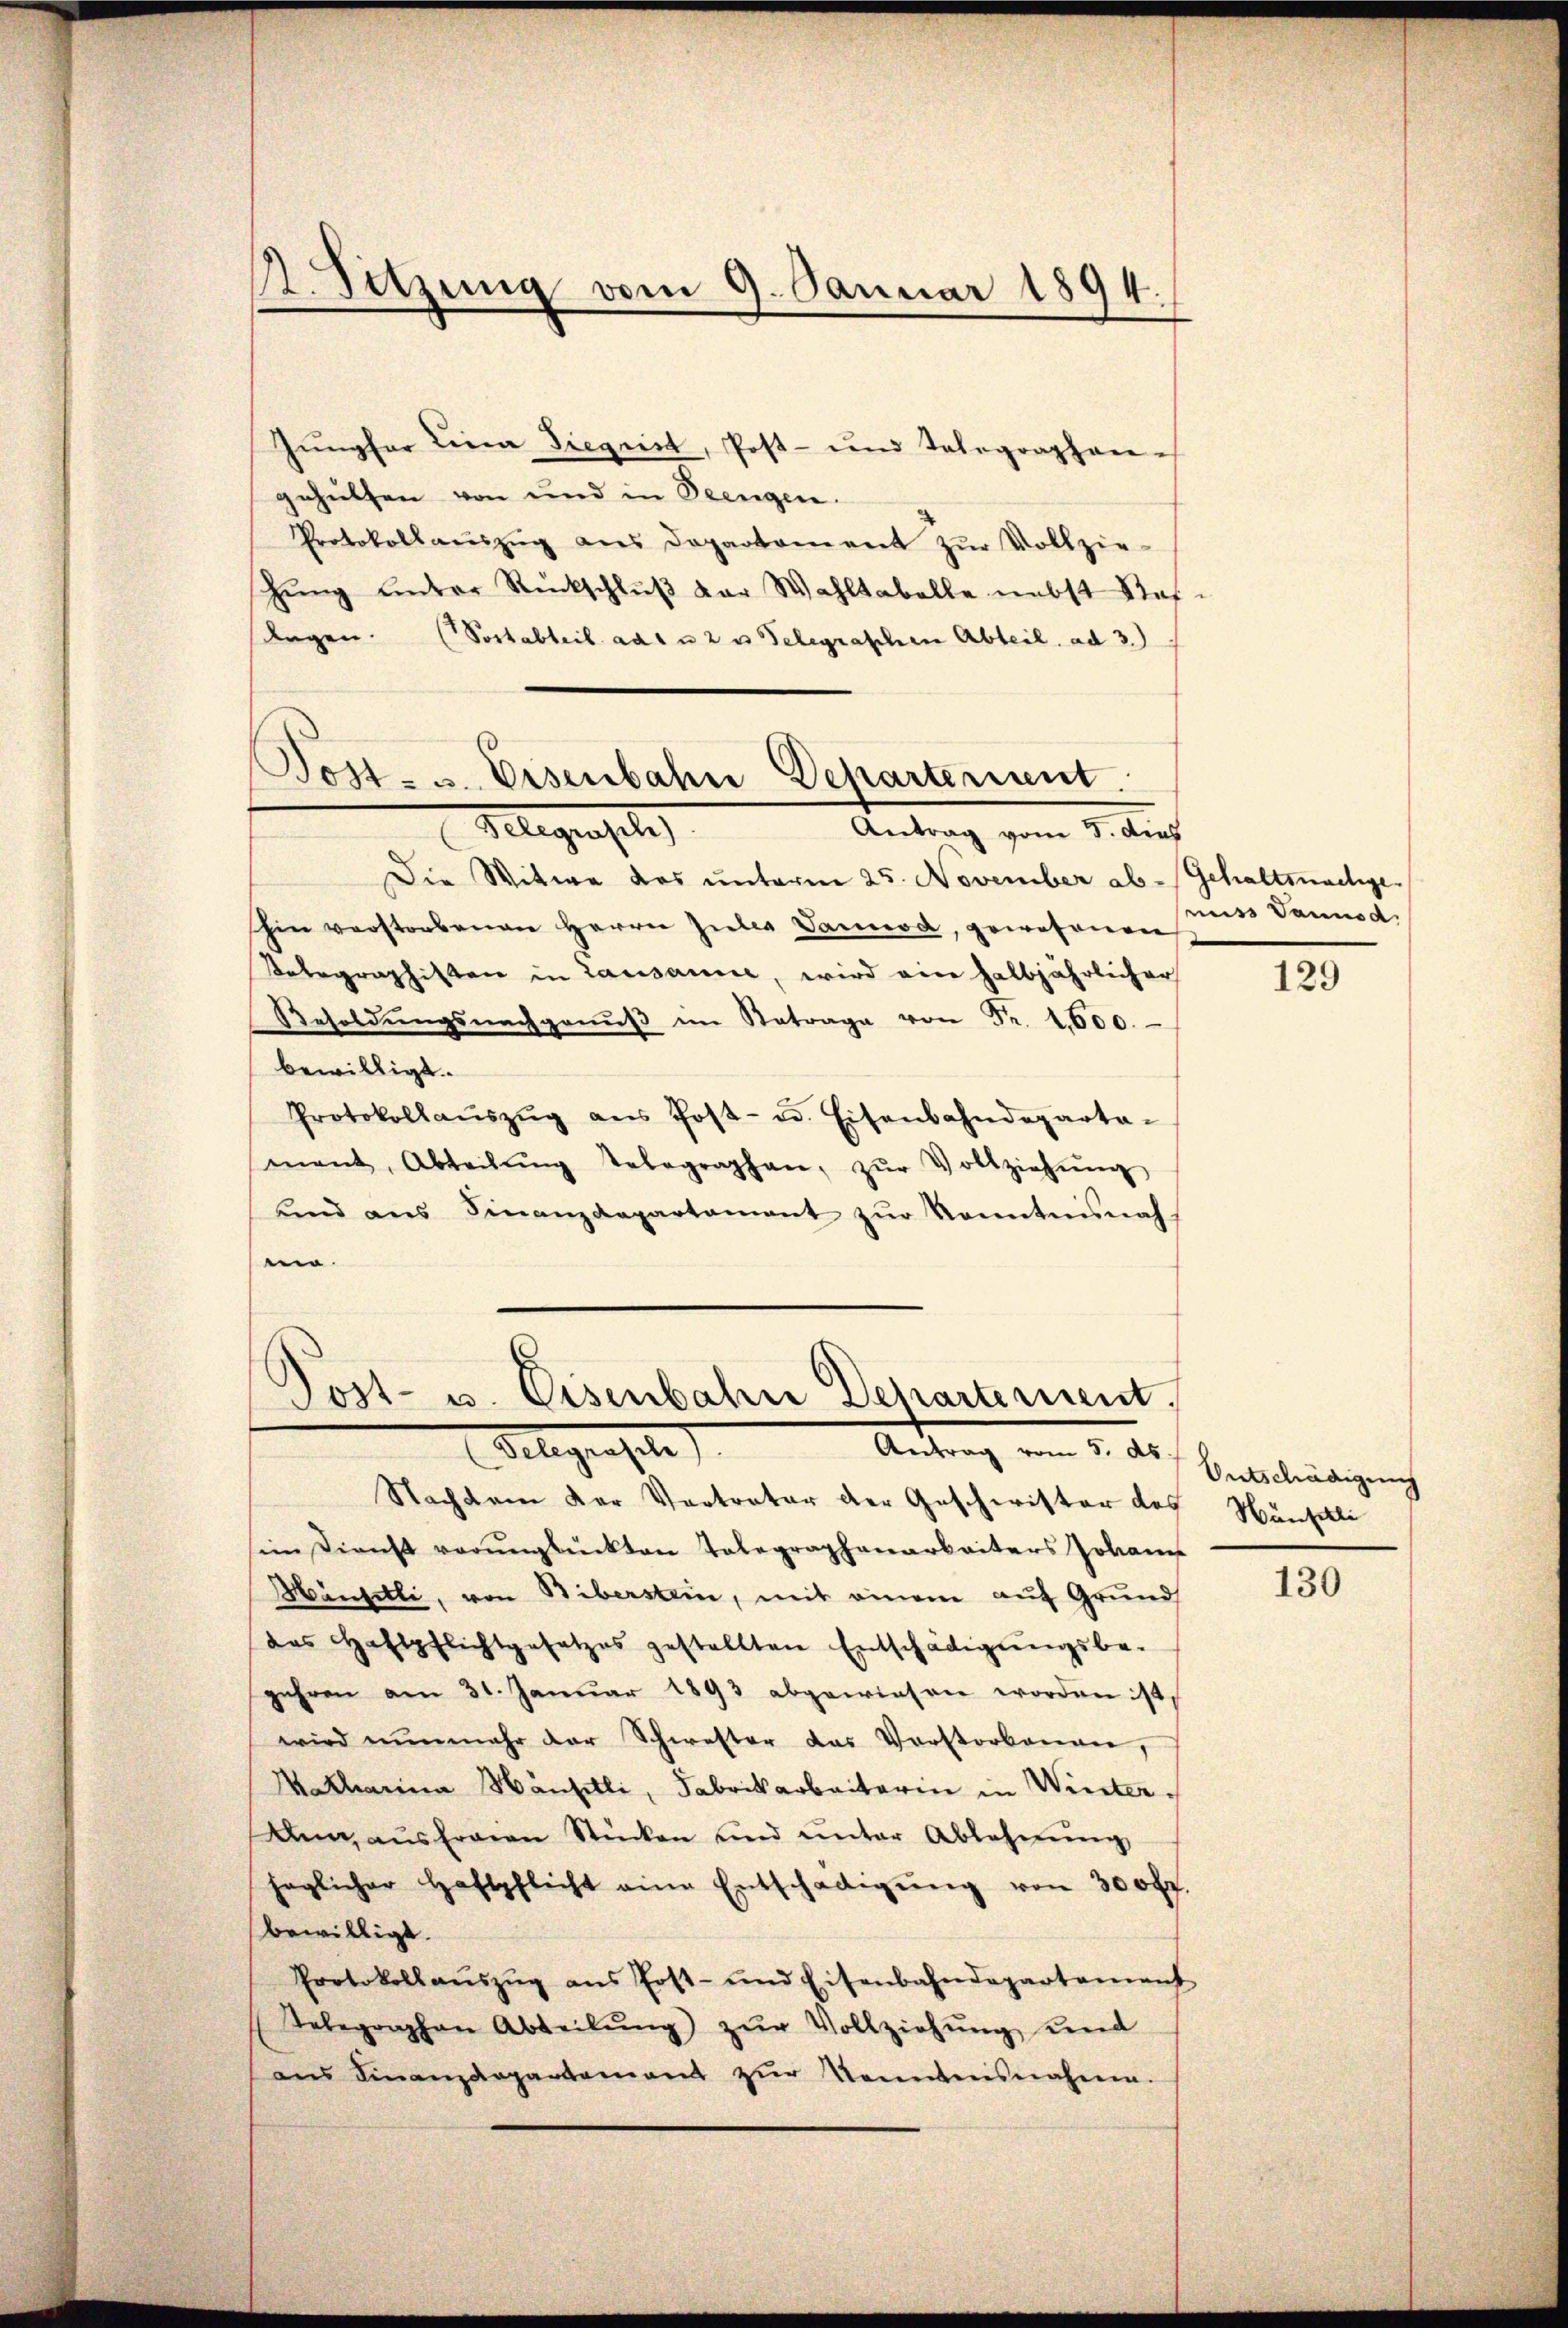
2. Sitzung vom 9. Januar 1894.

Post- u. Eisenbahn Departement.
Telegensel
Antrag vom 3. dies

Jungfer Lina Siegrit, Post- und Telegraphen-
gehülfen von und in Beengen.
Protokollaŭszŭg ans Departament zŭr Vollzie-
hŭng ŭnter Rückschlŭβ der Wahltabelle nebst Stof-
lagen. (Vortabteil ad 1 u 2 u. Telegraschen Abteil, ad 3.)
Die Witwe des unterm 25. November ab-
hin verstorbenen Herrn Gutes Vannod, gewesenen
Telegraphisten in Lausanne, wird eine halbjährlicher
Besoldŭngsnachganŭβ im Betrage von Fr. 1600.
bewilligt.
Protokollaŭszŭg ans Post- u. Eisenbahndeparta-
mant, Abteilŭng Telegraphen, zŭr Vollziehŭng
und ans Finanzdepartament zŭr Kenntnisnah-
en.

Post- u. Eisenbahn Departement
Antrag vom 5. ds.
Gelegensel

Nachdem der Vertreter der Geschwister des
im Dienst verŭnglückten Telegraphenarbeiters Johann
Häntelli, von Biberstein, mit einem auf Grund
das Haftpflichtgesetzes gestellten Entschädigŭngsbe-
gehren am 31. Januar 1893 abgewiesen worden ist.
wird nŭnmehr der Schwester das Verstorbenen,
Matharina Hansitli, Fabrikarbeiterin in Winter¬
Dan, aus fragen Stücken und unter Ablehnung
haglicher Haftpflicht eine Entschädigŭng von 300 fr.
bewilligt.
Protokollaŭszŭg ans Post- und Eisenbahndepartament
Telegraphen Abteilŭng zŭr Vollziehŭng und
ans Finanzdepartement zŭr Sonntensnahmen.

Gehaltsmachige.
muss dannod

129

Entschädigung
Hünschli

130